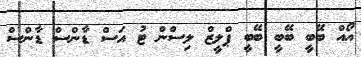
އޯއް ބޭބީ ބޭބީ ބޭބީ ޕްލީޒް ލިސްން ޓު އަސް ޑާންސް ޑާންސް